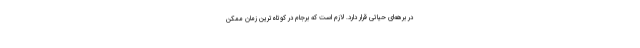
در برهه‌ای حیاتی قرار دارد. لازم است که برجام در کوتاه‌ترین زمان ممکن